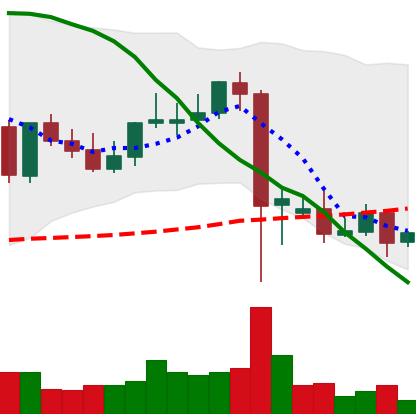
Ticker: DOGE-USD
Chart end date: 2021-09-14
Forward return: -3.144%
Label: down_3_5